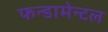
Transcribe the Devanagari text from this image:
फन्डामेन्टल